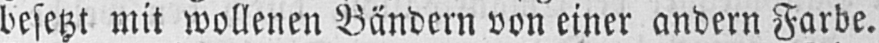
besetzt mit wollenen Bändern von einer andern Farbe.